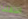
انتقلنا